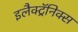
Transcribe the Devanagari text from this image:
इलैक्ट्रॅनिक्स